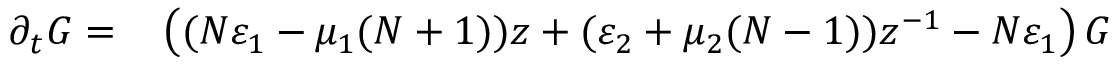
\begin{array} { r l } { \partial _ { t } G = } & { { } \left( ( N \varepsilon _ { 1 } - \mu _ { 1 } ( N + 1 ) ) z + ( \varepsilon _ { 2 } + \mu _ { 2 } ( N - 1 ) ) z ^ { - 1 } - N \varepsilon _ { 1 } \right) G } \end{array}